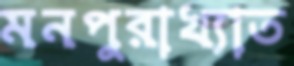
মনপুরাখ্যাত